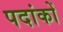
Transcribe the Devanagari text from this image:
पदांकों